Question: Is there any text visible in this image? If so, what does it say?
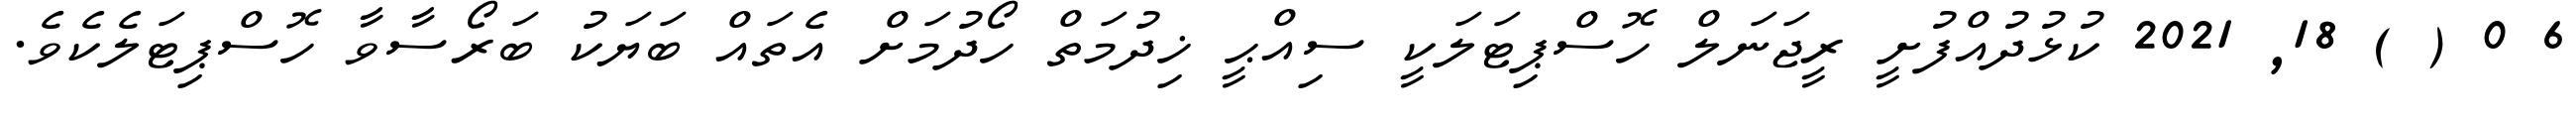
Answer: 6 0 ( ) 18, 2021 ކުޅުދުއްފުށީ ރީޖަނަލް ހޮސްޕިޓަލަކީ ސިއްޙީ ޚިދުމަތް ހޯދުމަށް އެތައް ބަޔަކު ބަރޯސާވާ ހޮސްޕިޓަލެކެވެ.